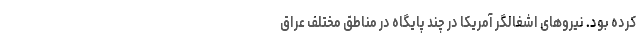
کرده بود. نیروهای اشغالگر آمریکا در چند پایگاه در مناطق مختلف عراق